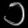
Digit: ၁